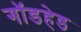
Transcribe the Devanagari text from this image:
गॉडहेड